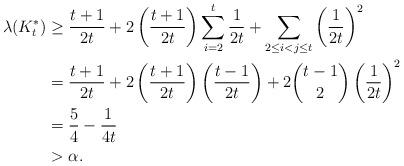
LaTeX: \begin{align*}\lambda(K_{t}^{\ast}) &\geq \frac{t+1}{2t} + 2\left(\frac{t+1}{2t}\right)\sum_{i=2}^{t}\frac{1}{2t} + \sum_{2\leq i<j\leq t}\left(\frac{1}{2t}\right)^2 \\ &= \frac{t+1}{2t} + 2\left(\frac{t+1}{2t}\right)\left(\frac{t-1}{2t}\right)+2\binom{t-1}{2}\left(\frac{1}{2t}\right)^2 \\ &= \frac{5}{4}-\frac{1}{4t} \\ &> \alpha.\end{align*}